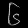
Digit: ၆